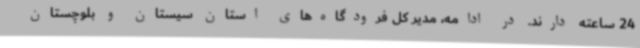
24 ساعته دارند. در ادامه، مدیر کل فرودگاه‌های استان سیستان و بلوچستان